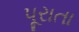
પૂરાતા